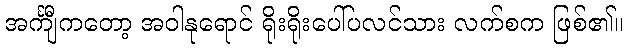
အင်္ကျီကတော့ အဝါနုရောင် ရိုးရိုးပေါ်ပလင်သား လက်စက ဖြစ်၏။